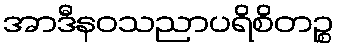
အာဒီနဝသညာပရိစိတဉ္စ